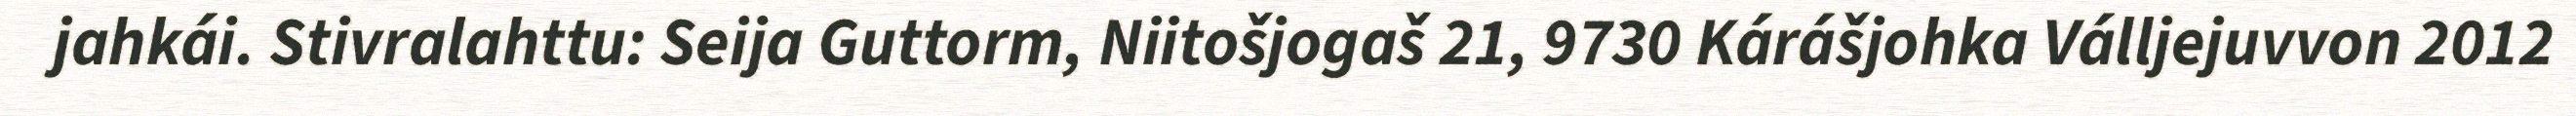
jahkái. Stivralahttu: Seija Guttorm, Niitošjogaš 21, 9730 Kárášjohka Válljejuvvon 2012